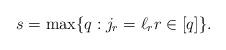
LaTeX: \begin{align*}s=\max\{q: j_{r}=\ell_{r} r \in[q]\}.\end{align*}